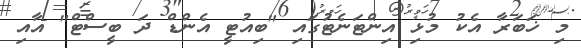
މި ޚަބަރާ އެކު މުޅި އިންޓަނެޓުގައި "ބިއުޓީ އެންޑް ދަ ބީސްޓް" އާއި